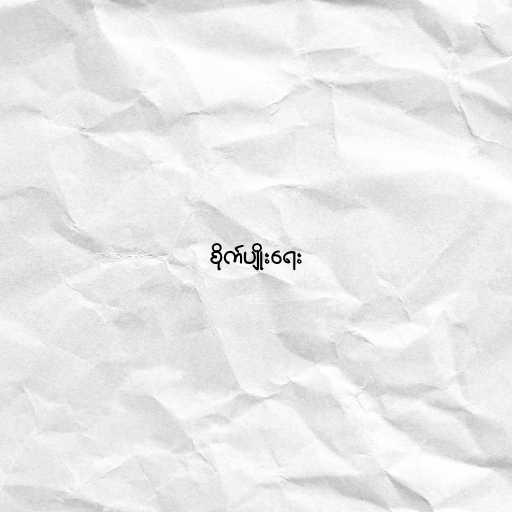
စိုက်ပျိုးရေး